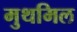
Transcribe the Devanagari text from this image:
मुथमिल